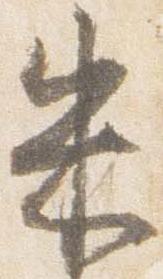
朱